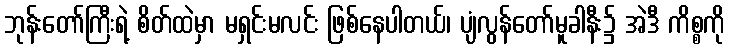
ဘုန်းတော်ကြီးရဲ့ စိတ်ထဲမှာ မရှင်းမလင်း ဖြစ်နေပါတယ်၊ ပျံလွန်တော်မူခါနီး၌ အဲဒီ ကိစ္စကို